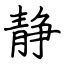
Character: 静